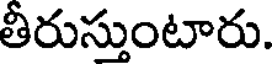
తీరుస్తుంటారు.